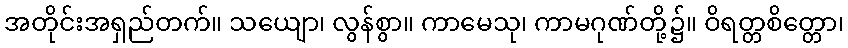
အတိုင်းအရှည်တက်။ သယျော၊ လွန်စွာ။ ကာမေသု၊ ကာမဂုဏ်တို့၌။ ဝိရတ္တစိတ္တော၊